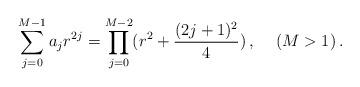
LaTeX: \begin{align*}\sum_{j=0}^{M-1}a_jr^{2j}=\prod_{j=0}^{M-2}(r^2+\frac{(2j+1)^2}{4})\,,\hspace{.5cm} (M >1)\,.\end{align*}